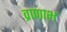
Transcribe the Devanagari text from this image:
व्राणाभ